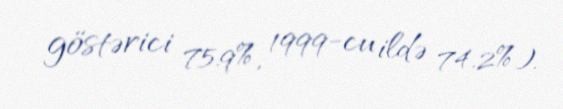
göstərici 75.9%, 1999-cu ildə 74.2%).